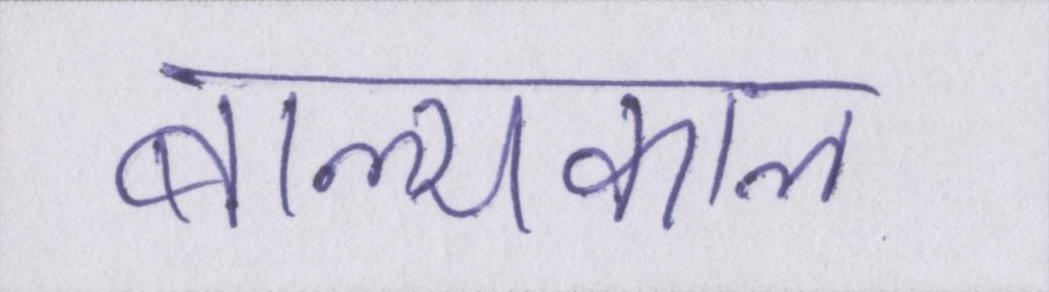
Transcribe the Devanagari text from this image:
बाल्यकाल